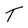
Character: T